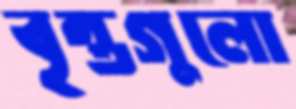
বৃন্তগুলো